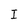
Character: I